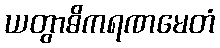
ယတွာဓိကရဏမေတံ